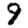
Digit: 9